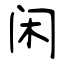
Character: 闲